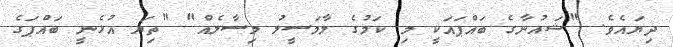
ދިޔައެވެ. "ޝައުނާގެ ބައްޕައަކީ މި ކަމުގެ ލާމަސީލު މިސާލެއް" "ތިޔަ އުޅެނީ ބައްޕަގެ